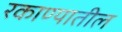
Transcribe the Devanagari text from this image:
रकाण्यातील